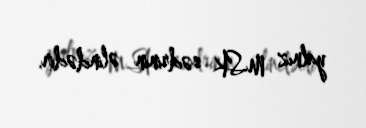
yalnız MSK sədrinin əlindədir.